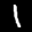
Label: 1